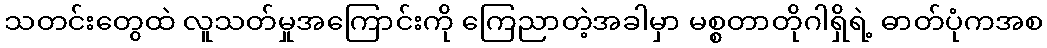
သတင်းတွေထဲ လူသတ်မှုအကြောင်းကို ကြေညာတဲ့အခါမှာ မစ္စတာတိုဂါရှိရဲ့ ဓာတ်ပုံကအစ